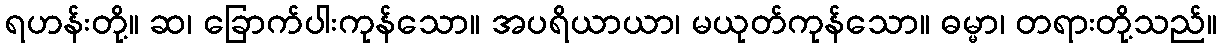
ရဟန်းတို့။ ဆ၊ ခြောက်ပါးကုန်သော။ အပရိယာယာ၊ မယုတ်ကုန်သော။ ဓမ္မာ၊ တရားတို့သည်။